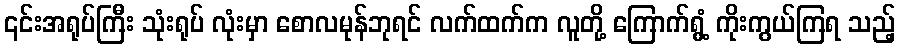
၎င်းအရုပ်ကြီး သုံးရုပ် လုံးမှာ စောလမုန်ဘုရင် လက်ထက်က လူတို့ ကြောက်ရွံ့ ကိုးကွယ်ကြရ သည့်